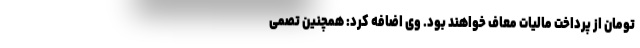
تومان از پرداخت مالیات معاف خواهند بود. وی اضافه کرد: همچنین تصمی